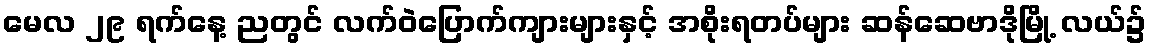
မေလ ၂၉ ရက်နေ့ ညတွင် လက်ဝဲပြောက်ကျားများနှင့် အစိုးရတပ်များ ဆန်ဆေဗာဒိုမြို့ လယ်၌